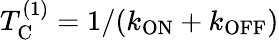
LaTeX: T_{\mathrm{C}}^{(1)}=1/(k_{\mathrm{ON}}+k_{\mathrm{OFF}})